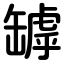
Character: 罅